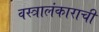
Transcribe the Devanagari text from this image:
वस्त्रालंकाराची